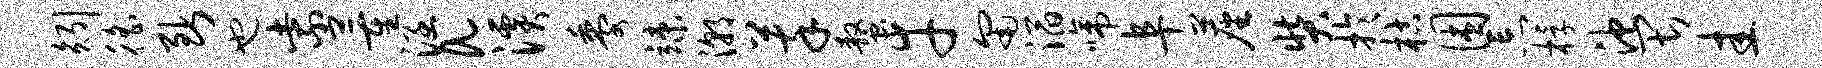
矧徭断也紫董涵a溪黍竦潮萃螯幸匍滔啼阜尘奘于枯困忘桴池畏圭